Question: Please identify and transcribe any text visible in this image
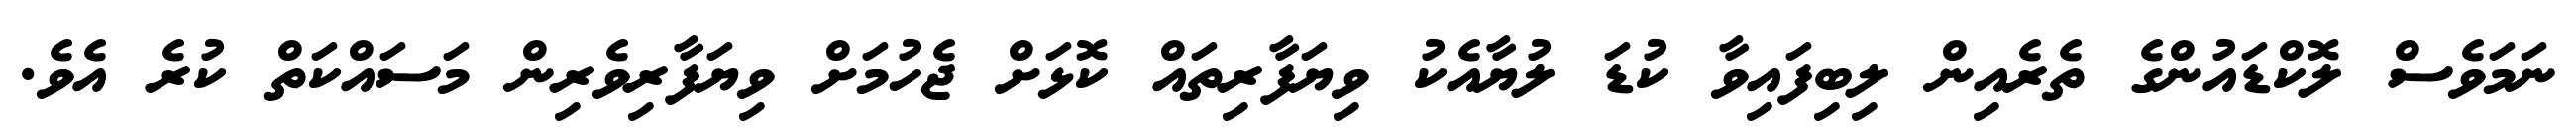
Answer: ނަމަވެސް ލޮކްޑައުންގެ ތެރެއިން ލިބިފައިވާ ކުޑަ ލުޔާއެކު ވިޔަފާރިތައް ކޮޅަށް ޖެހުމަށް ވިޔަފާރިވެރިން މަސައްކަތް ކުރެ އެވެ.